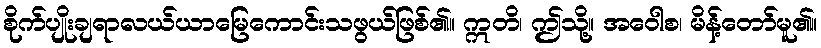
စိုက်ပျိုးချရာလယ်ယာမြေကောင်းသဖွယ်ဖြစ်၏။ ဣတိ၊ ဤသို့။ အဝေါစ၊ မိန့်တော်မူ၏။